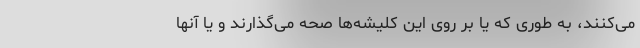
می‌کنند، به طوری که یا بر روی این کلیشه‌ها صحه می‌گذارند و یا آنها